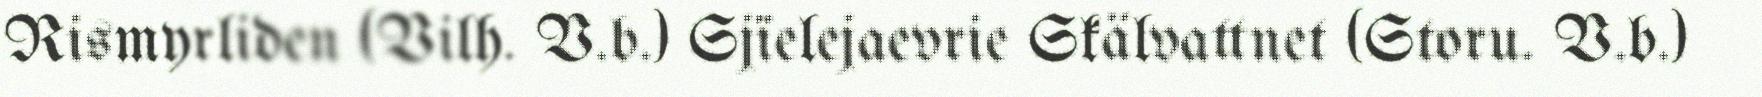
Rismyrliden (Vilh. V.b.) Sjïelejaevrie Skälvattnet (Storu. V.b.)